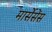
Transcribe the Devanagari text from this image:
मार्सेसेंस